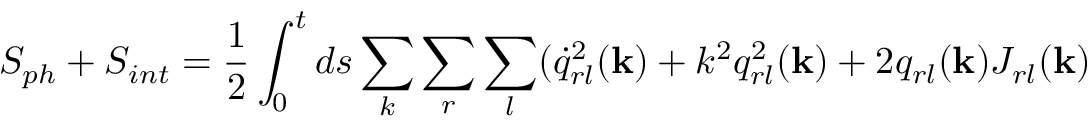
S _ { p h } + S _ { i n t } = \frac { 1 } { 2 } \int _ { 0 } ^ { t } d s \sum _ { k } \sum _ { r } \sum _ { l } ( \dot { q } _ { r l } ^ { 2 } ( { \bf k } ) + k ^ { 2 } q _ { r l } ^ { 2 } ( { \bf k } ) + 2 q _ { r l } ( { \bf k } ) J _ { r l } ( { \bf k } )